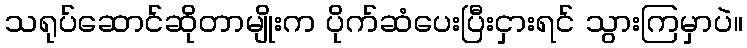
သရုပ်ဆောင်ဆိုတာမျိုးက ပိုက်ဆံပေးပြီးငှားရင် သွားကြမှာပဲ။